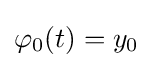
\varphi _{0}(t)=y_{0}